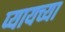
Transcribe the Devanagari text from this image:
प्यायच्या